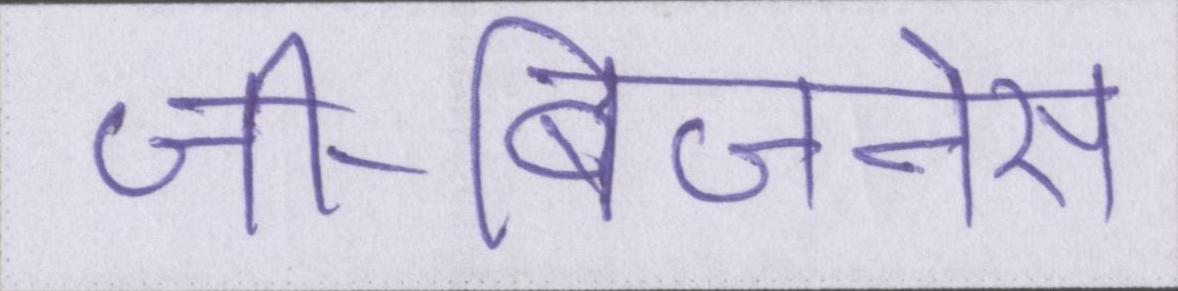
जी-बिजनेस